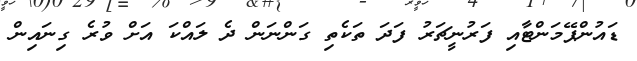
ޑައުންޕޭމަންޓާއި ފަރުނީޗަރު ފަދަ ތަކެތި ގަންނަން ދެ ލައްކަ އަށް ވުރެ ގިނައިން